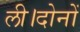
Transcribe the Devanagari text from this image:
ली।दोनों